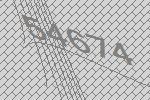
54674